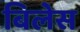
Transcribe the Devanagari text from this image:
बिलेस